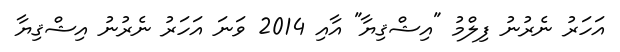
އަހަރު ނެރުނު ފިލްމު "އިޝްޤިޔާ" އާއި 2014 ވަނަ އަހަރު ނެރުނު އިޝްޤިޔާ